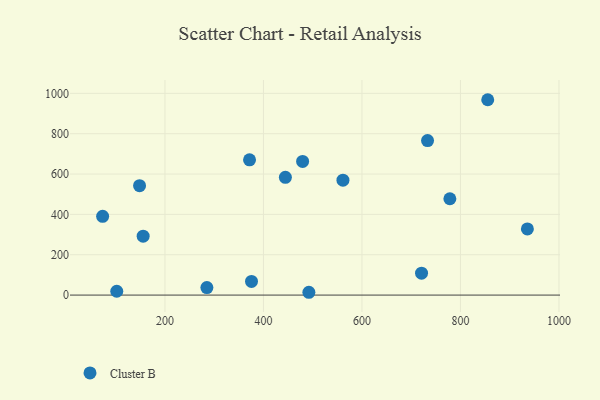
{"axis": {"x": "Ad Spend", "y": "Exam Score"}, "legend": ["Cluster B"], "data": [{"x": "733.2", "y": 765.8, "type": "Cluster B"}, {"x": "479.5", "y": 662.8, "type": "Cluster B"}, {"x": "148.4", "y": 542.4, "type": "Cluster B"}, {"x": "444.5", "y": 584.0, "type": "Cluster B"}, {"x": "155.7", "y": 291.9, "type": "Cluster B"}, {"x": "102.1", "y": 18.9, "type": "Cluster B"}, {"x": "375.7", "y": 67.7, "type": "Cluster B"}, {"x": "935.9", "y": 328.2, "type": "Cluster B"}, {"x": "73.4", "y": 390.4, "type": "Cluster B"}, {"x": "285.1", "y": 37.2, "type": "Cluster B"}, {"x": "855.4", "y": 968.5, "type": "Cluster B"}, {"x": "492.2", "y": 13.9, "type": "Cluster B"}, {"x": "721.0", "y": 108.4, "type": "Cluster B"}, {"x": "778.5", "y": 477.5, "type": "Cluster B"}, {"x": "371.7", "y": 670.5, "type": "Cluster B"}, {"x": "561.4", "y": 569.9, "type": "Cluster B"}]}